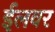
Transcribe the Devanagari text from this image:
ईलवर